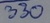
Text: 330